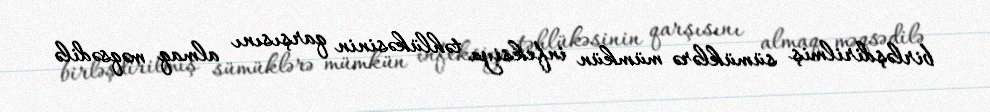
birləşdirilmiş sümüklərə mümkün infeksiya təhlükəsinin qarşısını almaq məqsədilə